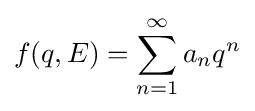
f(q,E)=\sum _{n=1}^{\infty }a_{n}q^{n}